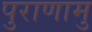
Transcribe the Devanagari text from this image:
पुराणामु